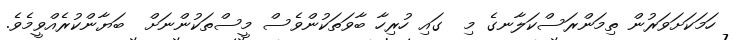
ހަމަކަށަވަރުން ތިމަންރަސްކަލާނގެ މި  ގައި ހުރިހާ ބާވަތަކުންވެސް މީސްތަކުންނަށް  ބަޔާންކުރެއްވީމެވެ.